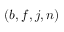
( b , f , j , n )